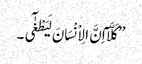
’’کَلَّآ اِنَّ الِاْنْسَانَ لَیَطْغٰٓی ۔